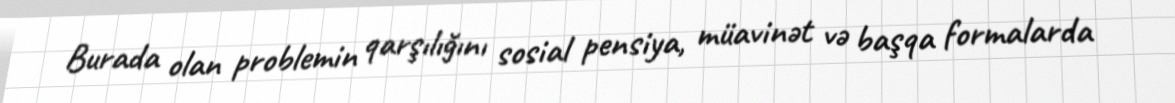
Burada olan problemin qarşılığını sosial pensiya, müavinət və başqa formalarda